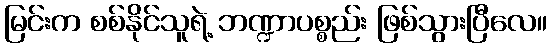
မြင်းက စစ်နိုင်သူရဲ့ ဘဏ္ဍာပစ္စည်း ဖြစ်သွားပြီလေ။